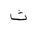
Letter: _tha